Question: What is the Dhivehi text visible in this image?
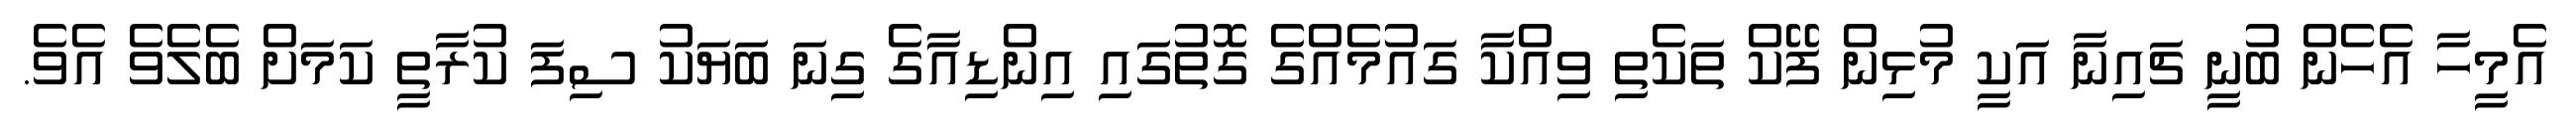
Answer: އެމީހާ އެހެން ބުނީ ޗައިނާ އަކީ މުޅިން ފޭކް ތަކެތި ވިއްކާ ގައުމެއްގެ ގޮތުގައި އިންޑިއާގެ ގިނަ ބަޔަކު ސިފަ ކުރާތީ ކަމަށް ބެލެވެ އެވެ.